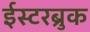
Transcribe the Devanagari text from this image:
ईस्टरब्रुक